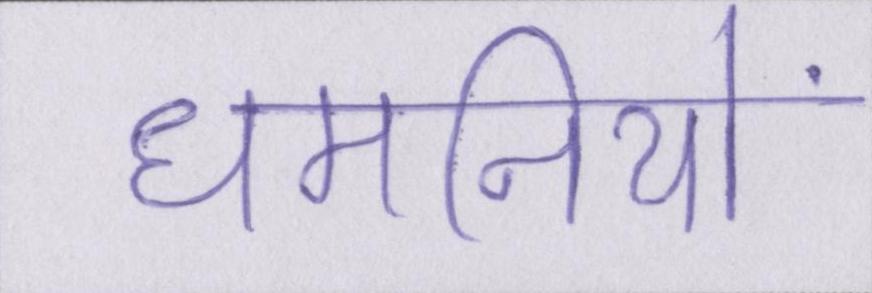
धमनियों